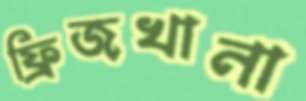
ফ্রিজখানা